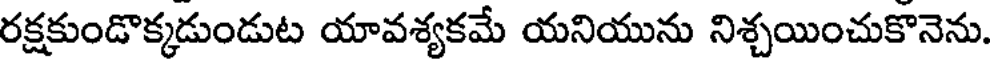
రక్షకుండొక్కడుండుట యావశ్యకమే యనియును నిశ్చయించుకొనెను.